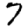
Digit: 7